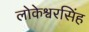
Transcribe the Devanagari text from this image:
लोकेश्वरसिंह